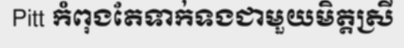
Pitt កំពុងតែទាក់ទងជាមួយមិត្តស្រី